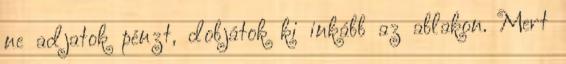
ne adjatok pénzt, dobjátok ki inkább az ablakon. Mert